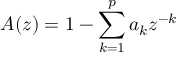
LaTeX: A ( z ) = 1 - \sum _ { k = 1 } ^ { p } a _ { k } z ^ { - k }